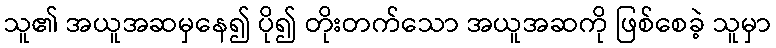
သူ၏ အယူအဆမှနေ၍ ပို၍ တိုးတက်သော အယူအဆကို ဖြစ်စေခဲ့ သူမှာ